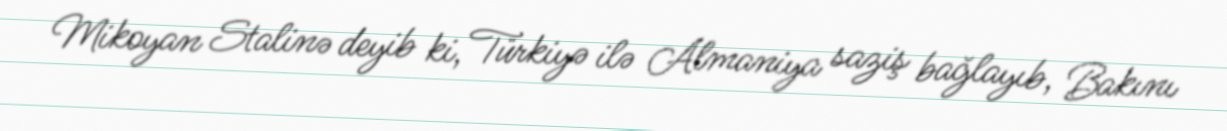
Mikoyan Stalinə deyib ki, Türkiyə ilə Almaniya saziş bağlayıb, Bakını